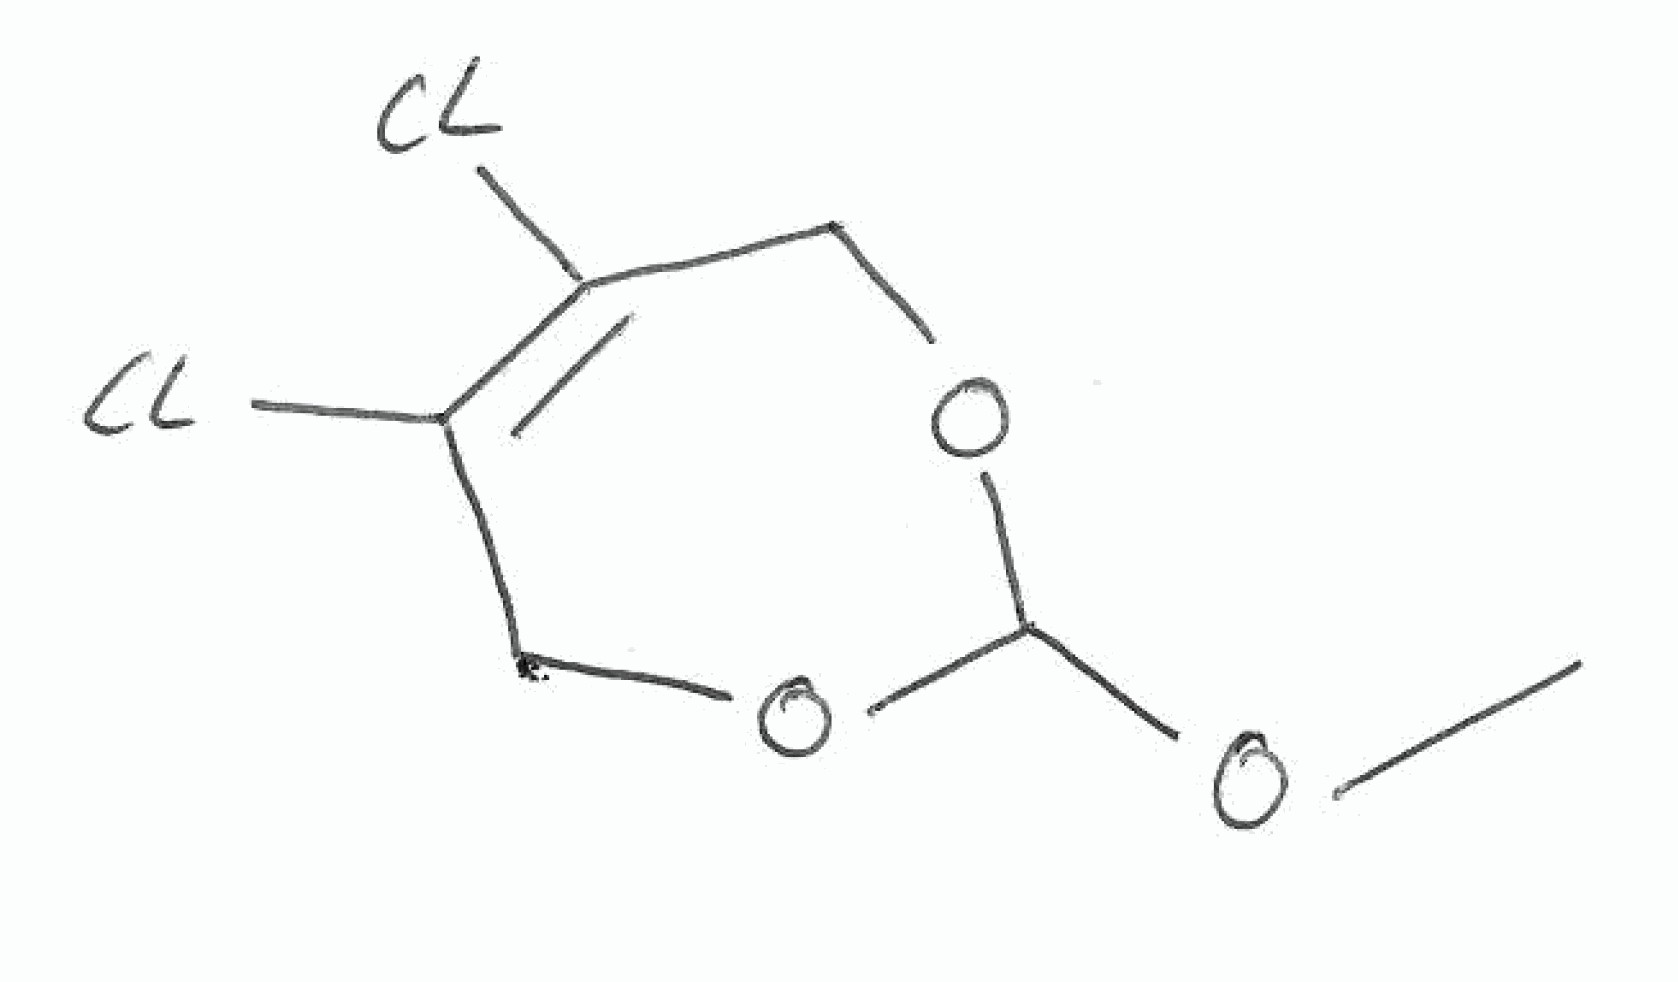
Simplified molecular-input line-entry system (SMILES) notation of the given molecule:
COC1OCC(=C(CO1)Cl)Cl